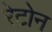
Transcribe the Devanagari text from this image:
रेटोन